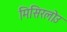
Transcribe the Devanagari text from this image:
मिसिरलोउ